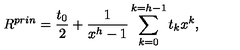
R ^ { p r i n } = \frac { t _ { 0 } } { 2 } + \frac { 1 } { x ^ { h } - 1 } \sum _ { k = 0 } ^ { k = h - 1 } t _ { k } x ^ { k } ,